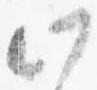
此